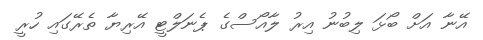
އޭނާ އަށް ބޯޅަ ލިބުނު އިރު ލާއޯސްގެ ޕެނަލްޓީ އޭރިޔާ ތެރޭގައި ހުރީ